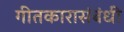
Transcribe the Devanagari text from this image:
गीतकारासंबंधी